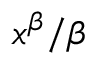
x ^ { \beta } / \beta